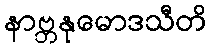
နာဗ္ဘနုမောဒသီတိ